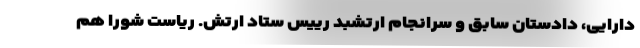
دارایی، دادستان سابق و سرانجام ارتشبد رییس ستاد ارتش. ریاست شورا هم